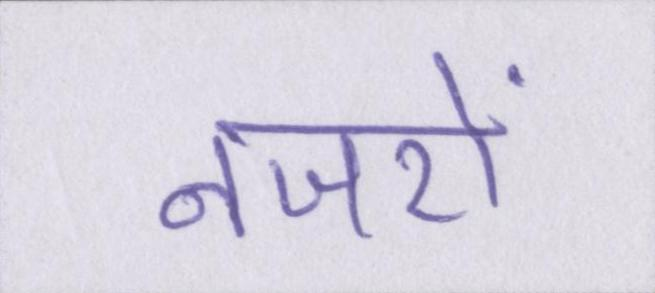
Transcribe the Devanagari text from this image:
नजरों